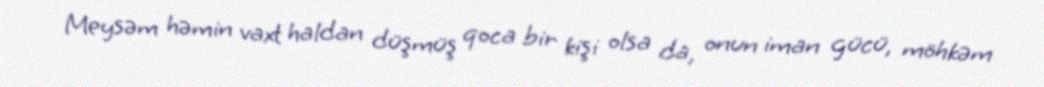
Meysəm həmin vaxt haldan düşmüş qoca bir kişi olsa da, onun iman gücü, möhkəm